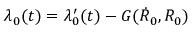
\lambda _ { 0 } ( t ) = \lambda _ { 0 } ^ { \prime } ( t ) - G ( \dot { R } _ { 0 } , R _ { 0 } )